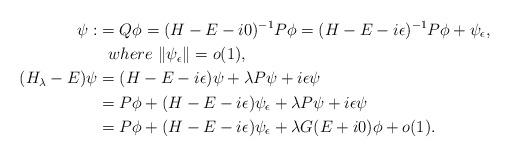
LaTeX: \begin{align*}\psi: &= Q\phi = (H-E-i0)^{-1} P\phi= (H-E-i\epsilon)^{-1} P\phi + \psi_\epsilon, \\& ~~where~ \|\psi_\epsilon \| = o(1), \\ (H_\lambda-E)\psi &= (H - E - i\epsilon)\psi + \lambda P \psi + i\epsilon \psi \\&= P\phi + (H - E - i\epsilon)\psi_\epsilon + \lambda P \psi + i\epsilon \psi \\&= P\phi + (H - E - i\epsilon)\psi_\epsilon + \lambda G(E+i0)\phi + o(1).\end{align*}